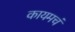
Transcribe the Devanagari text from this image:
कायमचं